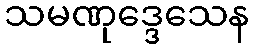
သမဏုဒ္ဒေသေန